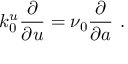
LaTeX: k _ { 0 } ^ { u } \frac { \partial } { \partial u } = \nu _ { 0 } \frac { \partial } { \partial a } \ .